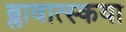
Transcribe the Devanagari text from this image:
ब्लावात्स्कया